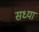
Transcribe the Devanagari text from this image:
सध्यां